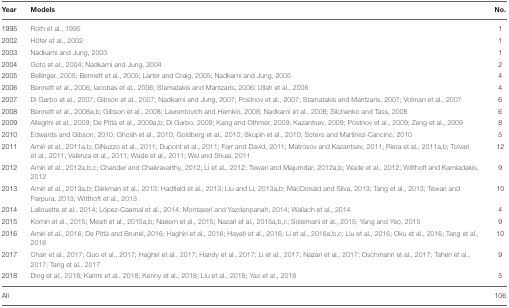
<table><thead><tr><td><b>Year</b></td><td><b>Models</b></td><td><b>No.</b></td></tr></thead><tbody><tr><td>1995</td><td>Roth et al., 1995</td><td>1</td></tr><tr><td>2002</td><td>Höfer et al., 2002</td><td>1</td></tr><tr><td>2003</td><td>Nadkarni and Jung, 2003</td><td>1</td></tr><tr><td>2004</td><td>Goto et al., 2004; Nadkarni and Jung, 2004</td><td>2</td></tr><tr><td>2005</td><td>Bellinger, 2005; Bennett et al., 2005; Larter and Craig, 2005; Nadkarni and Jung, 2005</td><td>4</td></tr><tr><td>2006</td><td>Bennett et al., 2006; Iacobas et al., 2006; Stamatakis and Mantzaris, 2006; Ullah et al., 2006</td><td>4</td></tr><tr><td>2007</td><td>Di Garbo et al., 2007; Gibson et al., 2007; Nadkarni and Jung, 2007; Postnov et al., 2007; Stamatakis and Mantzaris, 2007; Volman et al., 2007</td><td>6</td></tr><tr><td>2008</td><td>Bennett et al., 2008a,b; Gibson et al., 2008; Lavrentovich and Hemkin, 2008; Nadkarni et al., 2008; Silchenko and Tass, 2008</td><td>6</td></tr><tr><td>2009</td><td>Allegrini et al., 2009; De Pittà et al., 2009a,b; Di Garbo, 2009; Kang and Othmer, 2009; Kazantsev, 2009; Postnov et al., 2009; Zeng et al., 2009</td><td>8</td></tr><tr><td>2010</td><td>Edwards and Gibson, 2010; Ghosh et al., 2010; Goldberg et al., 2010; Skupin et al., 2010; Sotero and Martínez-Cancino, 2010</td><td>5</td></tr><tr><td>2011</td><td>Amiri et al., 2011a,b; DiNuzzo et al., 2011; Dupont et al., 2011; Farr and David, 2011; Matrosov and Kazantsev, 2011; Riera et al., 2011a,b; Toivari et al., 2011; Valenza et al., 2011; Wade et al., 2011; Wei and Shuai, 2011</td><td>12</td></tr><tr><td>2012</td><td>Amiri et al., 2012a,b,c; Chander and Chakravarthy, 2012; Li et al., 2012; Tewari and Majumdar, 2012a,b; Wade et al., 2012; Witthoft and Karniadakis, 2012</td><td>9</td></tr><tr><td>2013</td><td>Amiri et al., 2013a,b; Diekman et al., 2013; Hadfield et al., 2013; Liu and Li, 2013a,b; MacDonald and Silva, 2013; Tang et al., 2013; Tewari and Parpura, 2013; Witthoft et al., 2013</td><td>10</td></tr><tr><td>2014</td><td>Lallouette et al., 2014; López-Caamal et al., 2014; Montaseri and Yazdanpanah, 2014; Wallach et al., 2014</td><td>4</td></tr><tr><td>2015</td><td>Komin et al., 2015; Mesiti et al., 2015a,b; Naeem et al., 2015; Nazari et al., 2015a,b,c; Soleimani et al., 2015; Yang and Yeo, 2015</td><td>9</td></tr><tr><td>2016</td><td>Amiri et al., 2016; De Pittà and Brunel, 2016; Haghiri et al., 2016; Hayati et al., 2016; Li et al., 2016a,b,c; Liu et al., 2016; Oku et al., 2016; Tang et al., 2016</td><td>10</td></tr><tr><td>2017</td><td>Chan et al., 2017; Guo et al., 2017; Haghiri et al., 2017; Handy et al., 2017; Li et al., 2017; Nazari et al., 2017; Oschmann et al., 2017; Taheri et al., 2017; Tang et al., 2017</td><td>9</td></tr><tr><td>2018</td><td>Ding et al., 2018; Karimi et al., 2018; Kenny et al., 2018; Liu et al., 2018; Yao et al., 2018</td><td>5</td></tr><tr><td>All</td><td></td><td>106</td></tr></tbody></table>